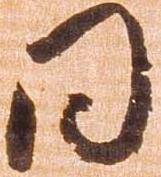
同